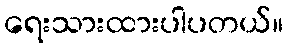
ရေးသားထားပါပတယ်။